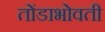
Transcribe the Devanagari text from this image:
तोंडाभोवती